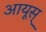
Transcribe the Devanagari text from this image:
आयूस्‌